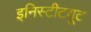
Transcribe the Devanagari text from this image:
इनिस्टीटयूट